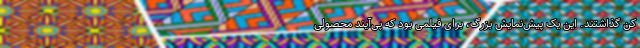
کن گذاشتند. این یک پیش‌نمایش بزرگ، برای فیلمی بود که پی‌آیندِ محصولی